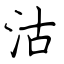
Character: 沽